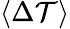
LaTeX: \langle\Delta\mathcal{T}\rangle